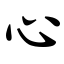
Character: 心